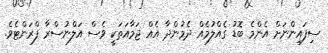
ސިފައިންނަށް އެންމެ ބޮޑު ގެއްލުމެއް ދެމުންދާ އެއް ޖަމާއަތަކީ ވެސް އަލްނުސްރާ ފްރަންޓެވެ.